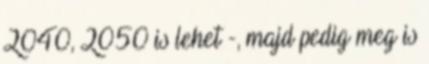
2040, 2050 is lehet -, majd pedig meg is